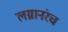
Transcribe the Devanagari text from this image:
लग्नानंरच